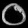
Digit: ၀